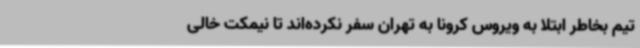
تیم بخاطر ابتلا به ویروس کرونا به تهران سفر نکرده‌اند تا نیمکت خالی